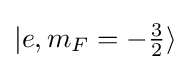
|e,m_{F}=-\textstyle {\frac {3}{2}}\rangle